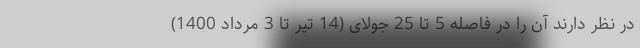
در نظر دارند آن را در فاصله 5 تا 25 جولای (14 تیر تا 3 مرداد 1400)